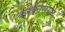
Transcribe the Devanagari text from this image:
काकेसियन